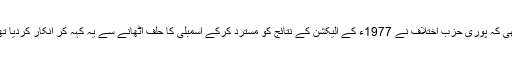
بھٹو نے ریفرنڈم کی آئینی ترمیم تو کسی دقت کے بغیر منظور اس وجہ سے کرا لی تھی کہ پوری حزبِ اختلاف نے 1977ء کے الیکشن کے نتائج کو مسترد کرکے اسمبلی کا حلف اٹھانے سے یہ کہہ کر انکار کردیا تھا کہ اس الیکشن میں ریاستی مشینری کے ذریعے منظم انداز میں دھاندلی کی گئی ہے۔